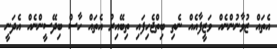
އެތައް ޒުވާނުންނެއް ވަޒީފާއެއް ނެތި ބިތްޖެހިފައި ތިބޭއިރު އެތައް ހާސް ބިދޭސީންނެއް އެދަނީ